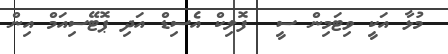
މުޅާ އަކީ ވިޓަމިން ސީ  ފޮލިކް އެސިޑް އަދި ޕޮޓޭސިއަމް އިން